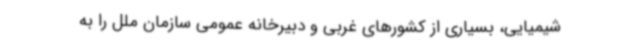
شیمیایی، بسیاری از کشورهای غربی و دبیرخانه عمومی سازمان ملل را به